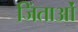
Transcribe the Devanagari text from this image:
जिंताओं